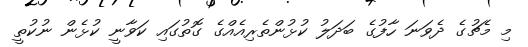
މި މެޗުގެ ދެވަނަ ހާފުގެ ބަދަލު ކުޅުންތެރިއެއްގެ ގޮތުގައި ކަވާނީ ކުޅެން ނުކުތީ